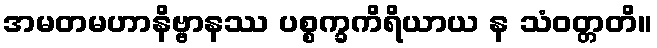
အမတမဟာနိဗ္ဗာနဿ ပစ္စက္ခကိရိယာယ န သံဝတ္တတိ။